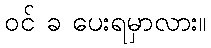
ဝင် ခ ပေးရမှာလား။